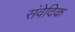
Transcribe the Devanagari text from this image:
संवेदिक